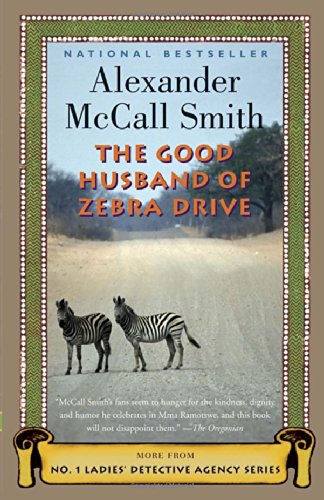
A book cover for The Good Husband of Zebra Drive (No. 1 Ladies' Detective Agency, Book 8); Alexander McCall Smith; Literature & Fiction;